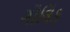
ગોલિક